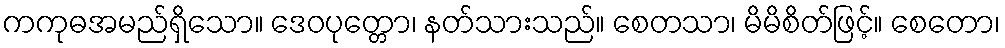
ကကုဓအမည်ရှိသော။ ဒေဝပုတ္တော၊ နတ်သားသည်။ စေတသာ၊ မိမိစိတ်ဖြင့်။ စေတော၊